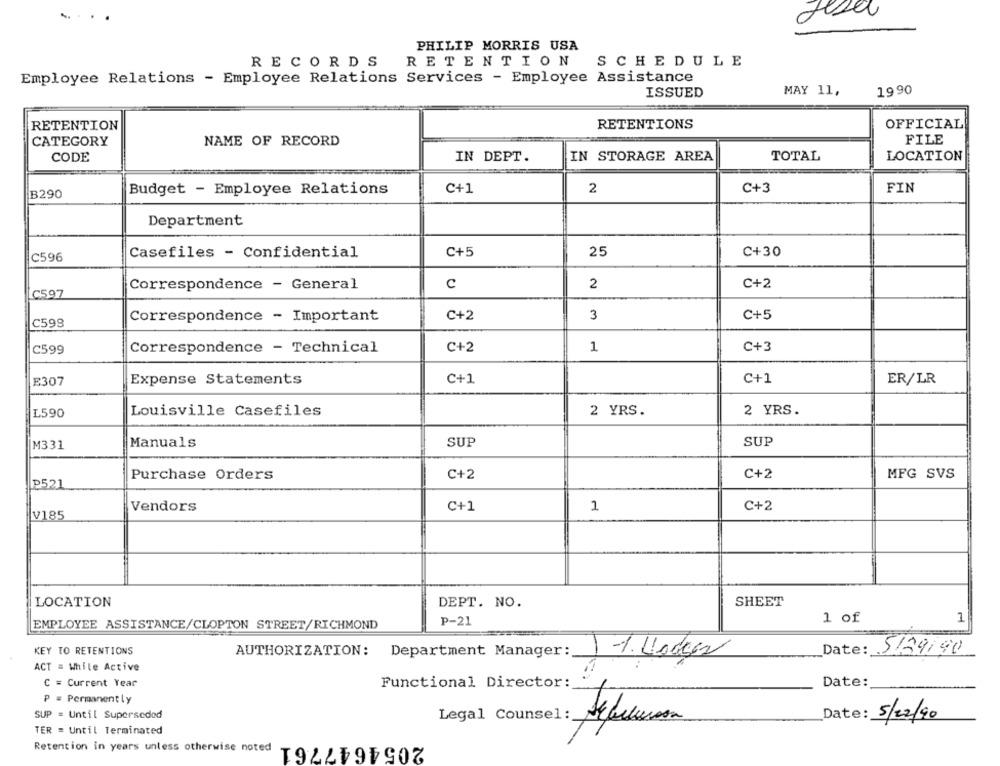
Jese
PHILIP MORRIS USA
RETENTION
SCHEDULE
RECORDS
Employee Relations - Employee Relations Services - Employee Assistance
ISSUED
MAY 11,
1990
RETENTION
RETENTIONS
OFFICIAL
CATEGORY
NAME OF RECORD
FILE
CODE
IN DEPT.
IN STORAGE AREA
TOTAL
LOCATION
Budget - Employee Relations
C+1
2
C+3
FIN
B290
Department
Casefiles - Confidential
C+5
25
C+30
C596
Correspondence - General
C
2
C+2
C597
C599
Correspondence - Important
C+2
3
C+5
C599
Correspondence - Technical
C+2
1
C+3
E307
Expense Statements
C+1
C+1
ER/LR
L590
Louisville Casefiles
2 YRS.
2 YRS.
M331
Manuals
SUP
SUP
Purchase Orders
C+2
C+2
MFG SVS
P521
C+2
Vendors
C+1
1
V185
LOCATION
DEPT. NO.
SHEET
1 of
1
EMPLOYEE ASSISTANCE/CLOPTON STREET/RICHMOND
P-21
KEY TO RETENTIONS
Date: 5189/90
AUTHORIZATION: Department Manager:
1-%. Hodges
ACT = While Active
C = Current Year
Date:
Functional Director:
P = Permanently
SUP = Until Superseded
Legal Counsel :_
Date: 5/22/90
TER = Until Terminated
2054647761
Retention in years unless otherwise noted